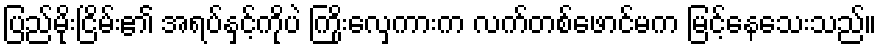
ပြည်မိုးငြိမ်း၏ အရပ်နှင့်ကိုပဲ ကြိုးလှေကားက လက်တစ်ဖောင်မက မြင့်နေသေးသည်။